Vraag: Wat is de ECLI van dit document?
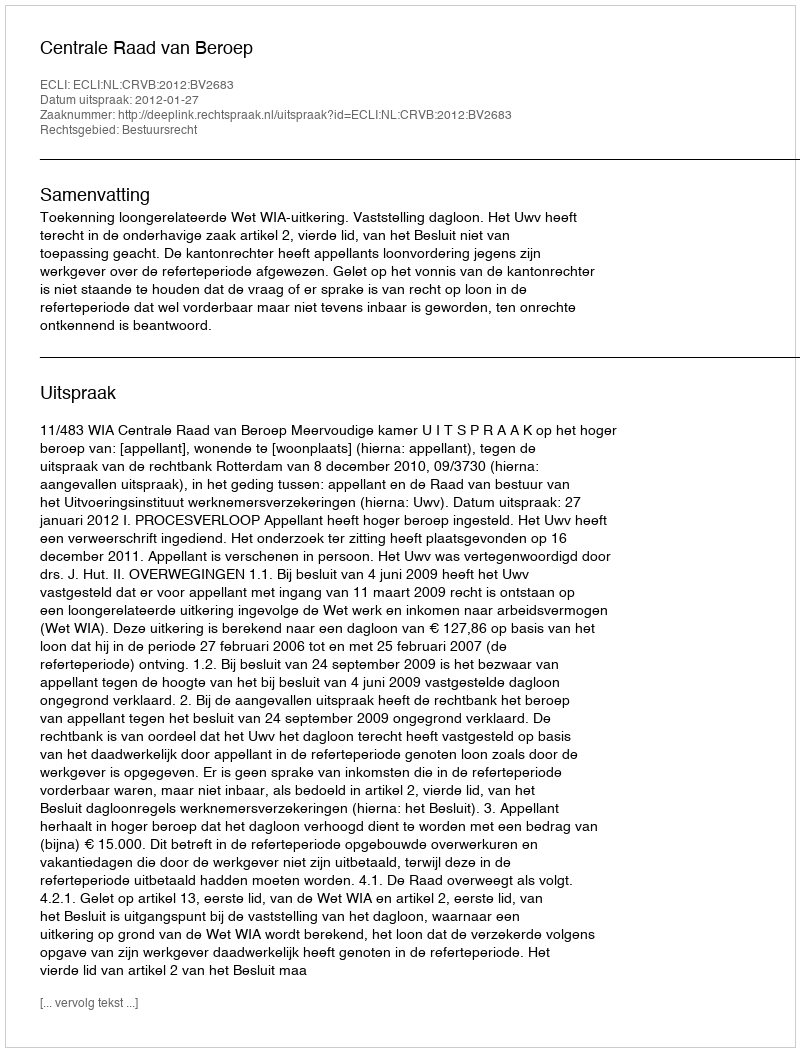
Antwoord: ECLI:NL:CRVB:2012:BV2683